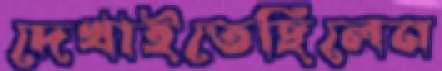
দেখাইতেছিলেন